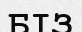
БІЗ